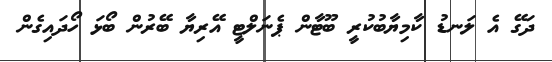
ދަގޭ އެ ލަނޑު ކާމިޔާބުކުރީ ބޫޓާން ޕެނަލްޓީ އޭރިޔާ ބޭރުން ބޯޅަ ހޯދައިގެން